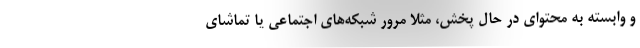
و وابسته به محتوای در حال پخش، مثلا مرور شبکه‌های اجتماعی یا تماشای